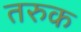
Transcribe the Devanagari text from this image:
तरुक